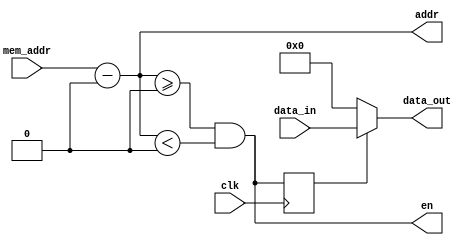
module mem_map(
    input clk,
    input [15:0] mem_addr,
    input [15:0] data_in,
    output [15:0] data_out,
    output [ADDR_BITS-1:0] addr,
    output en
    );

  parameter ADDR_BITS = 16;
  parameter START = 16'b0;
  parameter SIZE = 16'b0;
  localparam END = START + SIZE;

  reg out_en = 1'b0;
  wire [15:0] mapped_addr;
  assign mapped_addr = mem_addr - START;
  assign en = addr >= START & addr < END;
  assign addr = mapped_addr[ADDR_BITS-1:0];
  assign data_out = out_en ? data_in : 16'b0;

  always @(posedge clk)
    out_en <= en;
endmodule